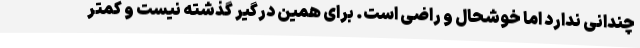
چندانی ندارد اما خوشحال و راضی است. برای همین درگیر گذشته نیست و کمتر